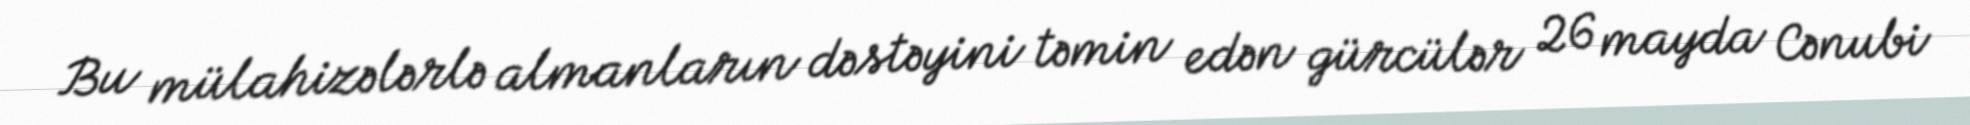
Bu mülahizələrlə almanların dəstəyini təmin edən gürcülər 26 mayda Cənubi